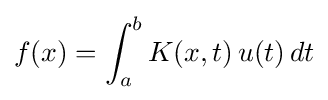
f(x)=\int _{a}^{b}K(x,t)\,u(t)\,dt